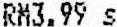
RM3.99 S